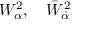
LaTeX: W _ { \alpha } ^ { 2 } , \quad \bar { W } _ { \dot { \alpha } } ^ { 2 }